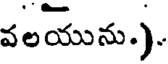
వలయును.).